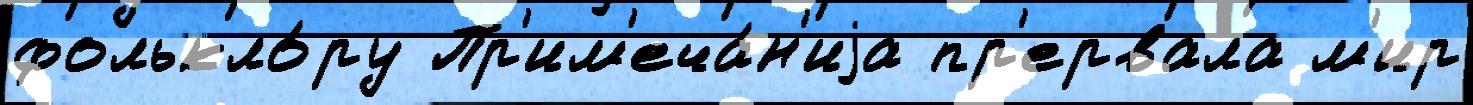
фолькло́ру Пр'им'еча́н'иjа пр'ервала м'ир